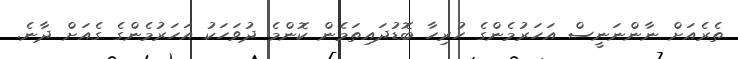
ތެރެއަށް ނާންނަނީސް އަހަރުމެންގެ ހުރިހާ ބޮޑުދައިތަމެން ކޮންމެ ދުވަހަކު އަހަރުމެންގެ ގެއަށް ދާނެ.